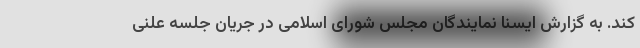
کند. به گزارش ایسنا نمایندگان مجلس شورای اسلامی در جریان جلسه علنی